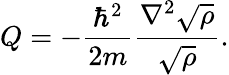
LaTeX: Q=-{\frac{\hbar^{2}}{2m}}{\frac{\nabla^{2}{\sqrt{\rho}}}{\sqrt{\rho}}}.